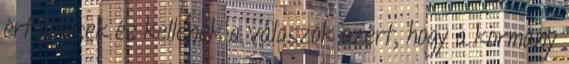
értelmesek és kellenek a válaszok azért, hogy a kormány